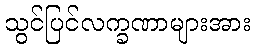
သွင်ပြင်လက္ခဏာများအား